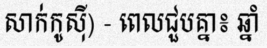
សាក់កូស៊ី) - ពេលជួបគ្នា៖ ឆ្នាំ